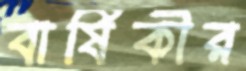
বার্ষিকীর